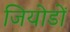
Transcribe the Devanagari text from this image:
जियोडों